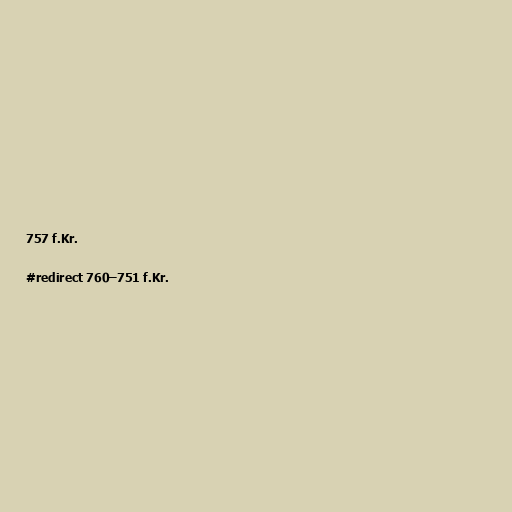
757 f.Kr.

#redirect 760–751 f.Kr.